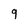
Character: 9